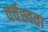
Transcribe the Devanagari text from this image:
वर्चस्वता